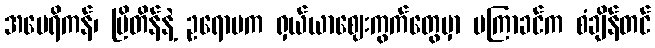
အမေရိကန်၊ ဗြိတိန်နဲ့ ဥရောပက ရှယ်ယာဈေးကွက်တွေမှာ မကြာခင်က စံချိန်တင်